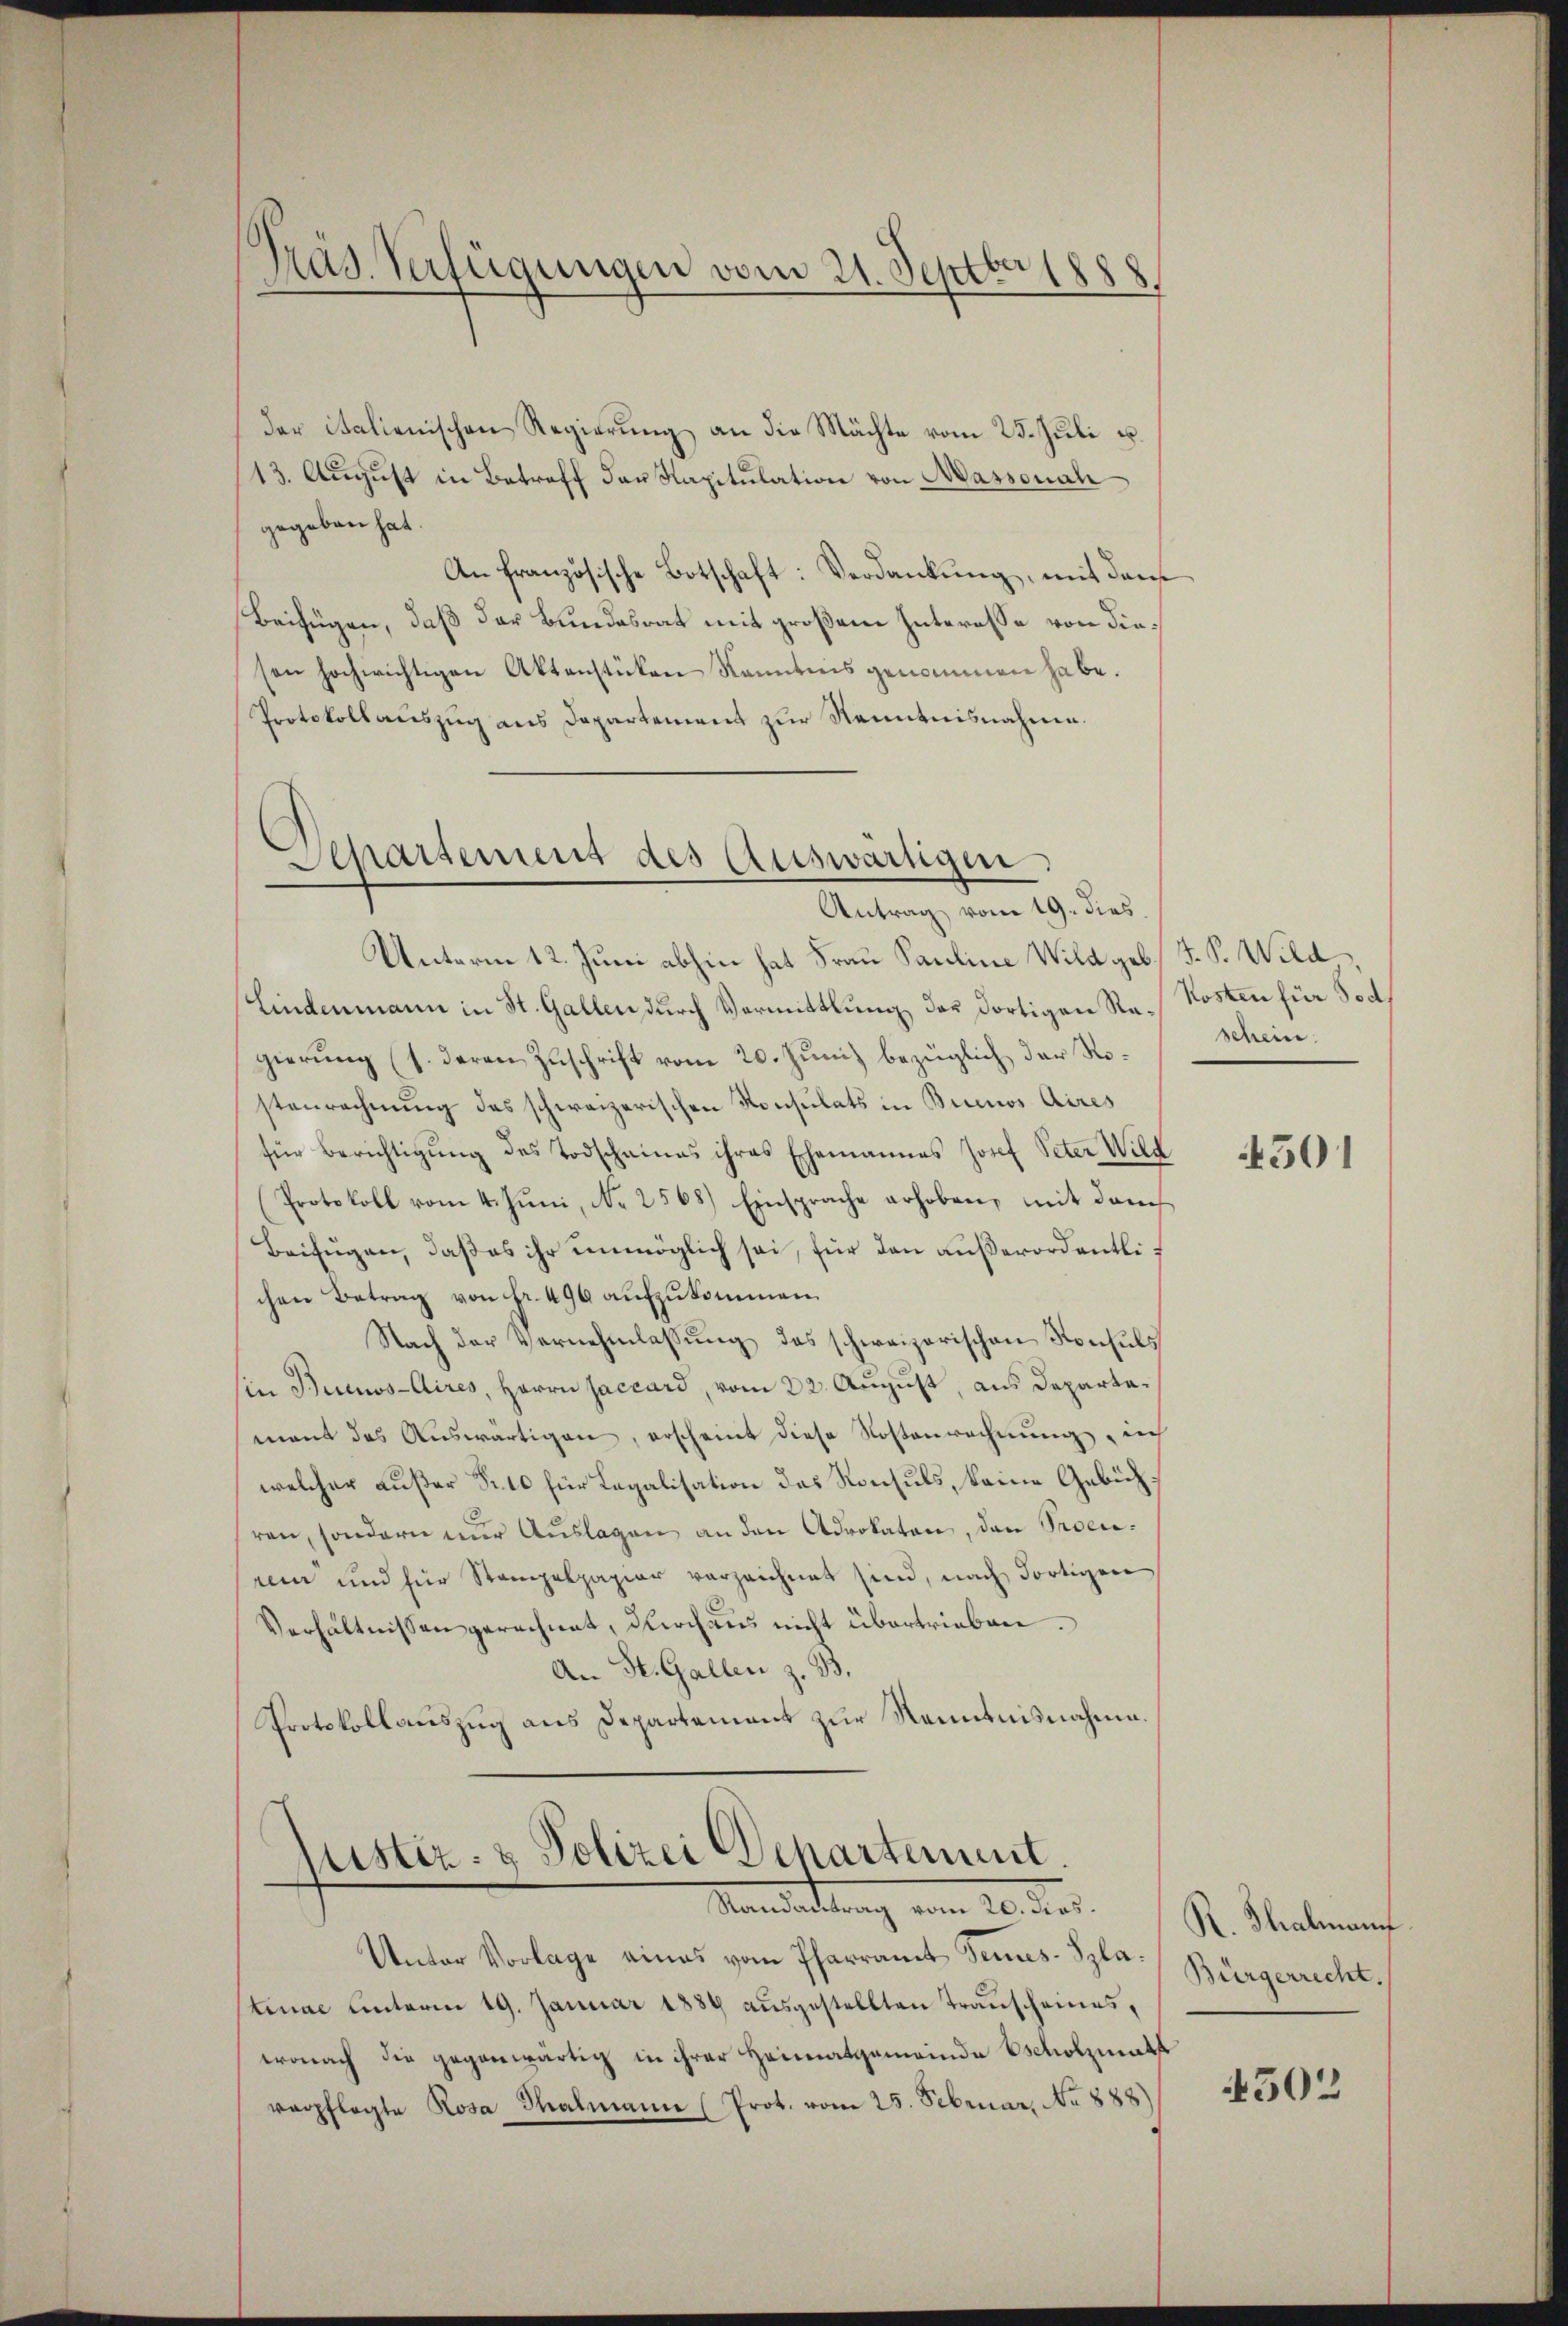
Pras Verfügungen vom 21. Septb
.
88.
—

der italienischen Regierŭng an die Mächte vom 25. Jŭli u.
13. August in Betreff der Kapitulation von Massonal
gegeben hat.
An französische Botschaft: Verdankung, mit dem
Beifügen, daß der Bundesrat mit großem Interesse von dieson hochwichtigen Aktenstücken Kenntnis genommen habe.
Protokollauszug aus Departement zur Kenntnisnahme.

Separtement des Auswärtigen
Antrag vom 19. dies.

Unterm 12. Juni abhin hat Frau Pauline Wild geb. F. P. Wild
Lindenmann in St. Gallen durch Vermittlung des dortigen Ra-Kosten für Todgierung (s. deren Zuschrift vom 20. Juni bezüglich der Rostenrechnung des schweizerischen Konsulats in Buenos Aires
für Berichtigŭng des Todschaines ihres Ehemannes Josef Peter Wild
Protokoll vom 4. Juni, No 2568) Einsprache erhoben, mit dem
Beifügen, daß es ihr unmöglich sei, für den außerordentlichen Betrag von Fr. 496 aufzukommen.
Nach der Vernehmlassung des schweizerischen Konsuls
sin Buenos-Aires, Herrn Saccard, vom 22. August, aus Departamant das Auswärtigen, erscheint diese Kostenrechnung, ich
welcher Außer Fr. 10 für Legalisation das Konsuls, keine Gebühren, sondern nŭr Aŭslagen an den Advokaten, den Proenren und für Stempelpapier verzeichnet sind, nach dortigen
Verhältnissen gerechnet, durchaus nicht übertrieben.
An St. Gallen z. B.
Protokollaŭszŭg ans Departement zŭr Kenntnisnahme.

mistiz- & Polizei Departement.
.
Mandartung von 10 der

Unter Vorlage eines vom Pfarramt Semes- Splatinae unterm 19. Januar 1889 ausgestellten Trauscheines,
wonach die gegenwärtig in ihrer Heimatgemeinde scholzmath
verpflegte Rosa Thalmann (Prot. vom 25. Februar. No 888)

schein.

4501

R. Thalmann
Bürgerrecht.

4502